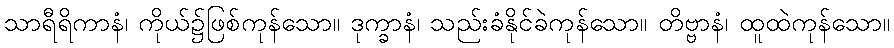
သာရီရိကာနံ၊ ကိုယ်၌ဖြစ်ကုန်သော။ ဒုက္ခာနံ၊ သည်းခံနိုင်ခဲကုန်သော။ တိဗ္ဗာနံ၊ ထူထဲကုန်သော။